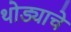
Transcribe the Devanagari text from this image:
थोड्याचे